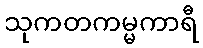
သုကတကမ္မကာရီ